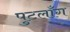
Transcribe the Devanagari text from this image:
पुटलाँग